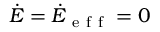
\dot { E } = \dot { E } _ { \mathrm { ~ e ~ f ~ f ~ } } = 0